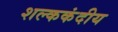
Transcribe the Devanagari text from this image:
शल्ककंदीय